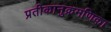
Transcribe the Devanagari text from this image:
प्रतीकानुक्रमणिका